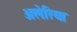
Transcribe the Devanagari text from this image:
अलेरिया